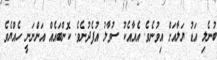
ބުނެލި އަޑު ޔަލާއަށް އިވުނެވެ. އެއާއެކު ސުވާލު އުފެދުނެވެ. ކޮންބައެއް އަންނަނީ ހެއްޔެވެ